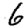
Digit: 6